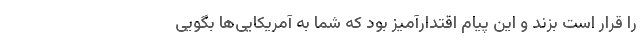
را قرار است بزند و این پیام اقتدارآمیز بود که شما به آمریکایی‌ها بگویی